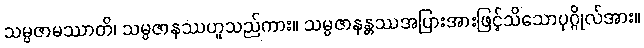
သမ္ပဇာမဿာတိ၊ သမ္ပဇာနဿဟူသည်ကား။ သမ္ပဇာနန္တဿအပြားအားဖြင့်သိသောပုဂ္ဂိုလ်အား။